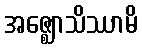
အဇ္ဈောသိဿာမိ